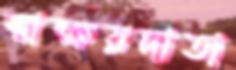
স্বাক্ষরদাতা